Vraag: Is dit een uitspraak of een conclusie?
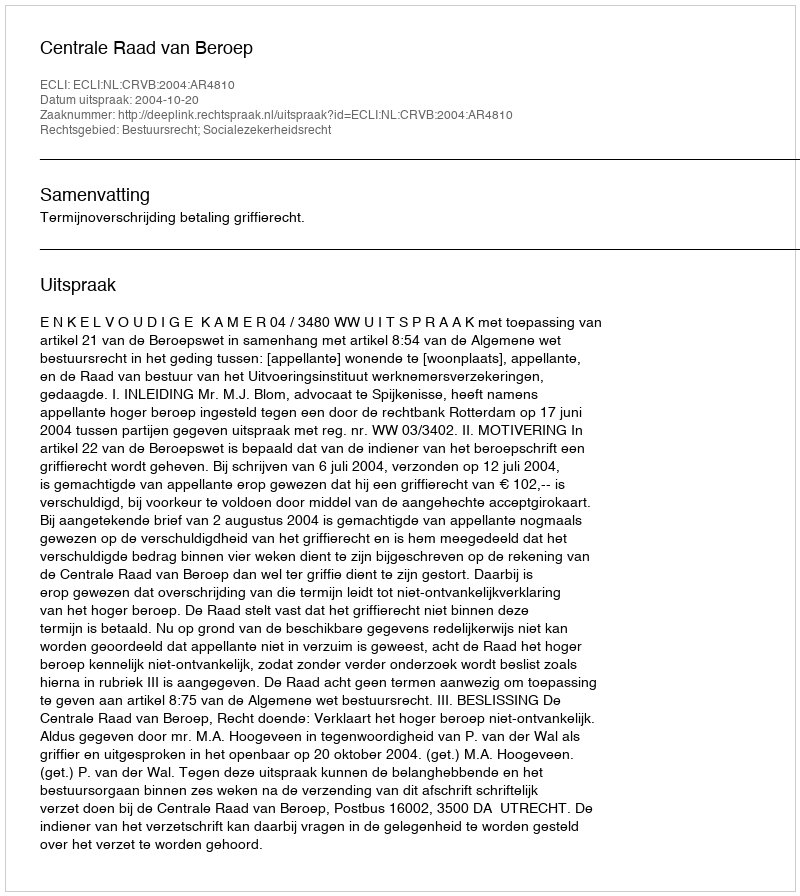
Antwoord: Uitspraak